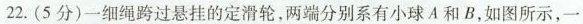
22. (5分) 一细绳跨过悬挂的定滑轮，两端分别系有小球 A 和 B，如图所示，一